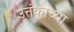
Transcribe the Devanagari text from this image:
उत्तंकाच्या